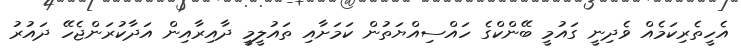
އެހީތެރިކަމެއް ވެދިނީ ގައުމީ ބޭންކްގެ ހައްސިއްޔަތުން ކަމަށާއި ތައުލީމީ ދާއިރާއިން އަދާކުރަންޖެހޭ ދައުރު